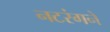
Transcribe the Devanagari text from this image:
नटरंगने